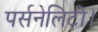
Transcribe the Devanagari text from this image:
पर्सनेलिटी।